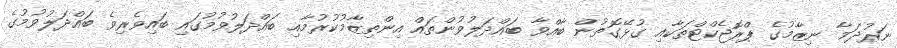
ނަރުދަމާ ނިޒާމުގެ ޕްރޮޖެކްޓްތަކާއި ގުޅޭގޮތުން ބާއްވާ ބައްދަލުވުންތައް އިންތިޒާމުކުރުމާއި ބައްދަލުވުމުގައި ބައިވެރިވެ ބައްދަލުވުމުގެ